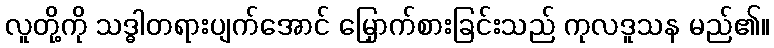
လူတို့ကို သဒ္ဓါတရားပျက်အောင် မြှောက်စားခြင်းသည် ကုလဒူသန မည်၏။